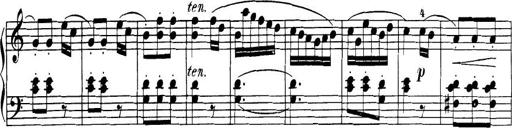
Title: 32 Sonatinas and Rondos for the Piano
Composer: Richard Kleinmichel